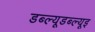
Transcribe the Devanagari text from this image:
डब्ल्यूडब्ल्यूइ